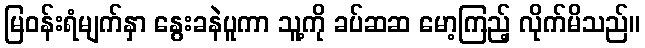
မြဝန်းရံမျက်နှာ နွေးခနဲပူကာ သူ့ကို ခပ်ဆဆ မော့ကြည့် လိုက်မိသည်။